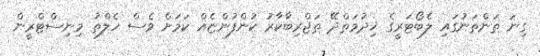
ގިނަ ތަންތަނުގައި ލެބޯޓަރީގެ ޚިދުމަތްދޭ ތަޖްރިބާކާރު ކުންފުންޏެއް ކަމަށް ވެސް ހެލްތު މިނިސްޓްރީން